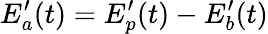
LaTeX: E_{a}^{\prime}(t)=E_{p}^{\prime}(t)-E_{b}^{\prime}(t)